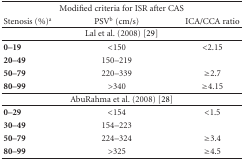
<table><thead><tr><td colspan="3"><b>Modified criteria for ISR after CAS</b></td></tr><tr><td><b>Stenosis (%)<sup>a</sup></b></td><td><b>PSV<sup>b</sup> (cm/s)</b></td><td><b>ICA/CCA ratio</b></td></tr></thead><tbody><tr><td colspan="3">Lal et al. (2008) [29] </td></tr><tr><td><b>0–19 </b></td><td>&lt;150</td><td>&lt;2.15</td></tr><tr><td><b>20–49 </b></td><td>150–219</td><td></td></tr><tr><td><b>50–79 </b></td><td>220–339</td><td>≥2.7</td></tr><tr><td><b>80–99 </b></td><td>&gt;340</td><td>≥4.15</td></tr><tr><td colspan="3">AbuRahma et al. (2008) [28]</td></tr><tr><td><b>0–29</b></td><td>&lt;154</td><td>&lt;1.5</td></tr><tr><td><b>30–49</b></td><td>154–223</td><td></td></tr><tr><td><b>50–79</b></td><td>224–324</td><td>≥3.4</td></tr><tr><td><b>80–99</b></td><td>&gt;325</td><td>≥4.5</td></tr></tbody></table>